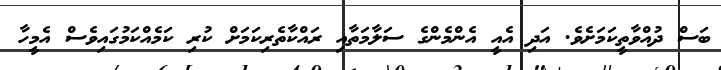
ބަސް ދުއްވާތީކަމަށެވެ. އަދި އެއީ އެންމެންގެ ސަލާމަތާއި ރައްކާތެރިކަމަށް ކުރި ކަމެއްކަމުގައިވެސް އެމީހާ